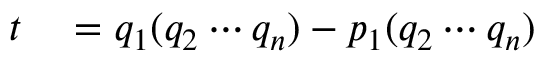
\begin{array} { r l } { t } & { { } = q _ { 1 } ( q _ { 2 } \cdots q _ { n } ) - p _ { 1 } ( q _ { 2 } \cdots q _ { n } ) } \end{array}